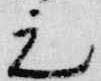
元